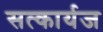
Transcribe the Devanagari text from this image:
सत्कार्यज